Lunatic asylums Punjab 1881-1894 - 1881-1894
Year: 1881
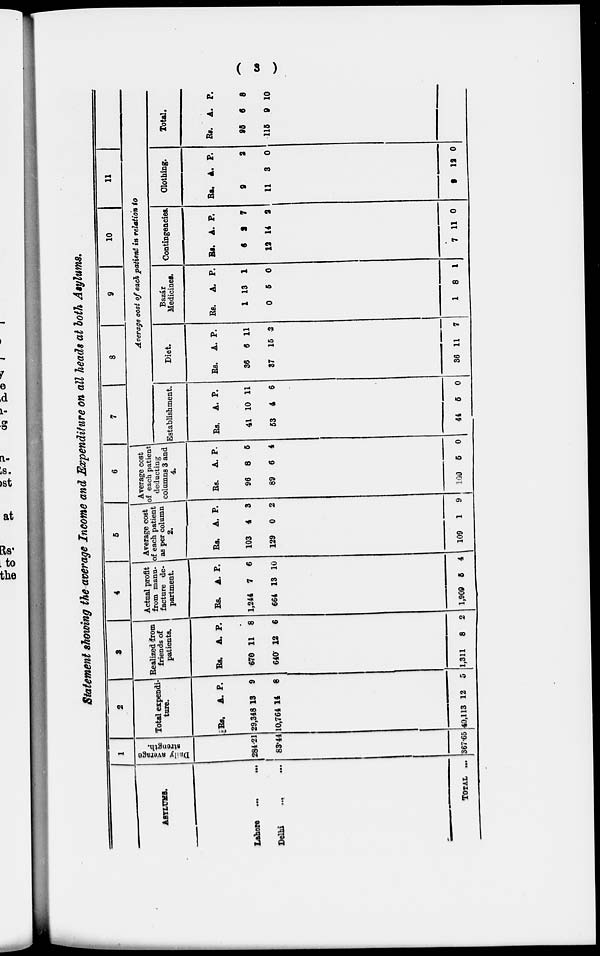
( 3 )
Statement showing the average Income and Expenditure on all heads at both Asylums.
ASYLUMS.
Lahore
...
...
Delhi
... ...
TOTAL ...
1
Daily average
strength.
284.21
83.44
367.65
2
Total expendi-
ture.
Rs.
29,348
10,764
40,113
A.
13
14
12
P.
9
8
5
3
Realized from
friends of
patients.
Rs.
670
640
1,311
A.
11
12
8
P.
8
6
2
4
Actual profit
from manu-
facture de-
partment.
Rs.
1,244
664
1,909
A.
7
13
5
P.
6
10
4
5
Average cost
of each patient
as per column 1
2.
Rs.
103
129
109
A.
4
0
1
P.
3
2
9
6
Average cost
of each patient
deducting
columns 3 and
4.
Rs.
96
89
100
A.
8
6
5
P.
5
4
0
7
8
9
10
11
Average cost of each patient in relation to
Establishment.
Rs.
41
53
44
A.
10
4
5
P.
11
6
0
Diet.
Rs.
36
37
36
A.
6
15
11
P.
11
2
7
Bazár
Medicines.
Rs.
1
0
1
A.
13
5
8
P.
1
0
1
Contingencies.
Rs.
6
12
7
A.
9
14
11
P.
7
2
0
Clothing.
Rs.
9
11
9
A.
3
12
P.
2
0
0
Total.
Rs.
95
115
A.
6
9
P.
8
10